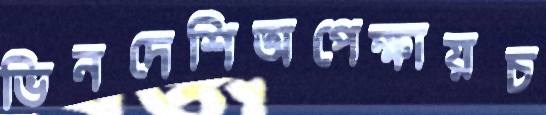
ভিনদেশিঅপেক্ষায়চ